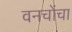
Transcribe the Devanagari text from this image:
वनचोंचा